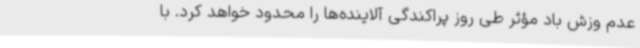
عدم وزش باد مؤثر طی روز پراکندگی آلاینده‌ها را محدود خواهد کرد. با